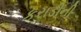
કરાડીની